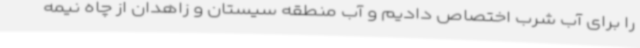
را برای آب شرب اختصاص دادیم و آب منطقه سیستان و زاهدان از چاه نیمه